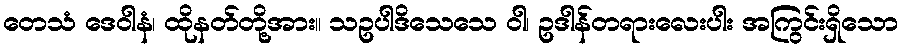
တေသံ ဒေဝါနံ၊ ထိုနတ်တို့အား။ သဥပါဒိသေသေ ဝါ၊ ဥဒါန်တရားလေးပါး အကြွင်းရှိသော